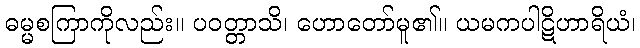
ဓမ္မစကြာကိုလည်း။ ပဝတ္တာသိ၊ ဟောတော်မူ၏။ ယမကပါဋိဟာရိယံ၊